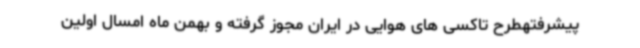
پیشرفتهطرح تاکسی های هوایی در ایران مجوز گرفته و بهمن ماه امسال اولین